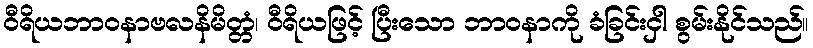
ဝီရိယဘာဝနာဗလနိမိတ္တံ၊ ဝီရိယဖြင့် ပြီးသော ဘာဝနာကို ခံခြင်းငှါ စွမ်းနိုင်သည်။